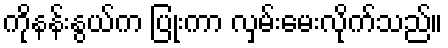
ကိုနန်းနွယ်က ပြုံးကာ လှမ်းမေးလိုက်သည်။